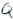
Text: Q